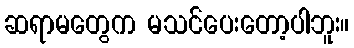
ဆရာမတွေက မသင်ပေးတော့ပါဘူး။